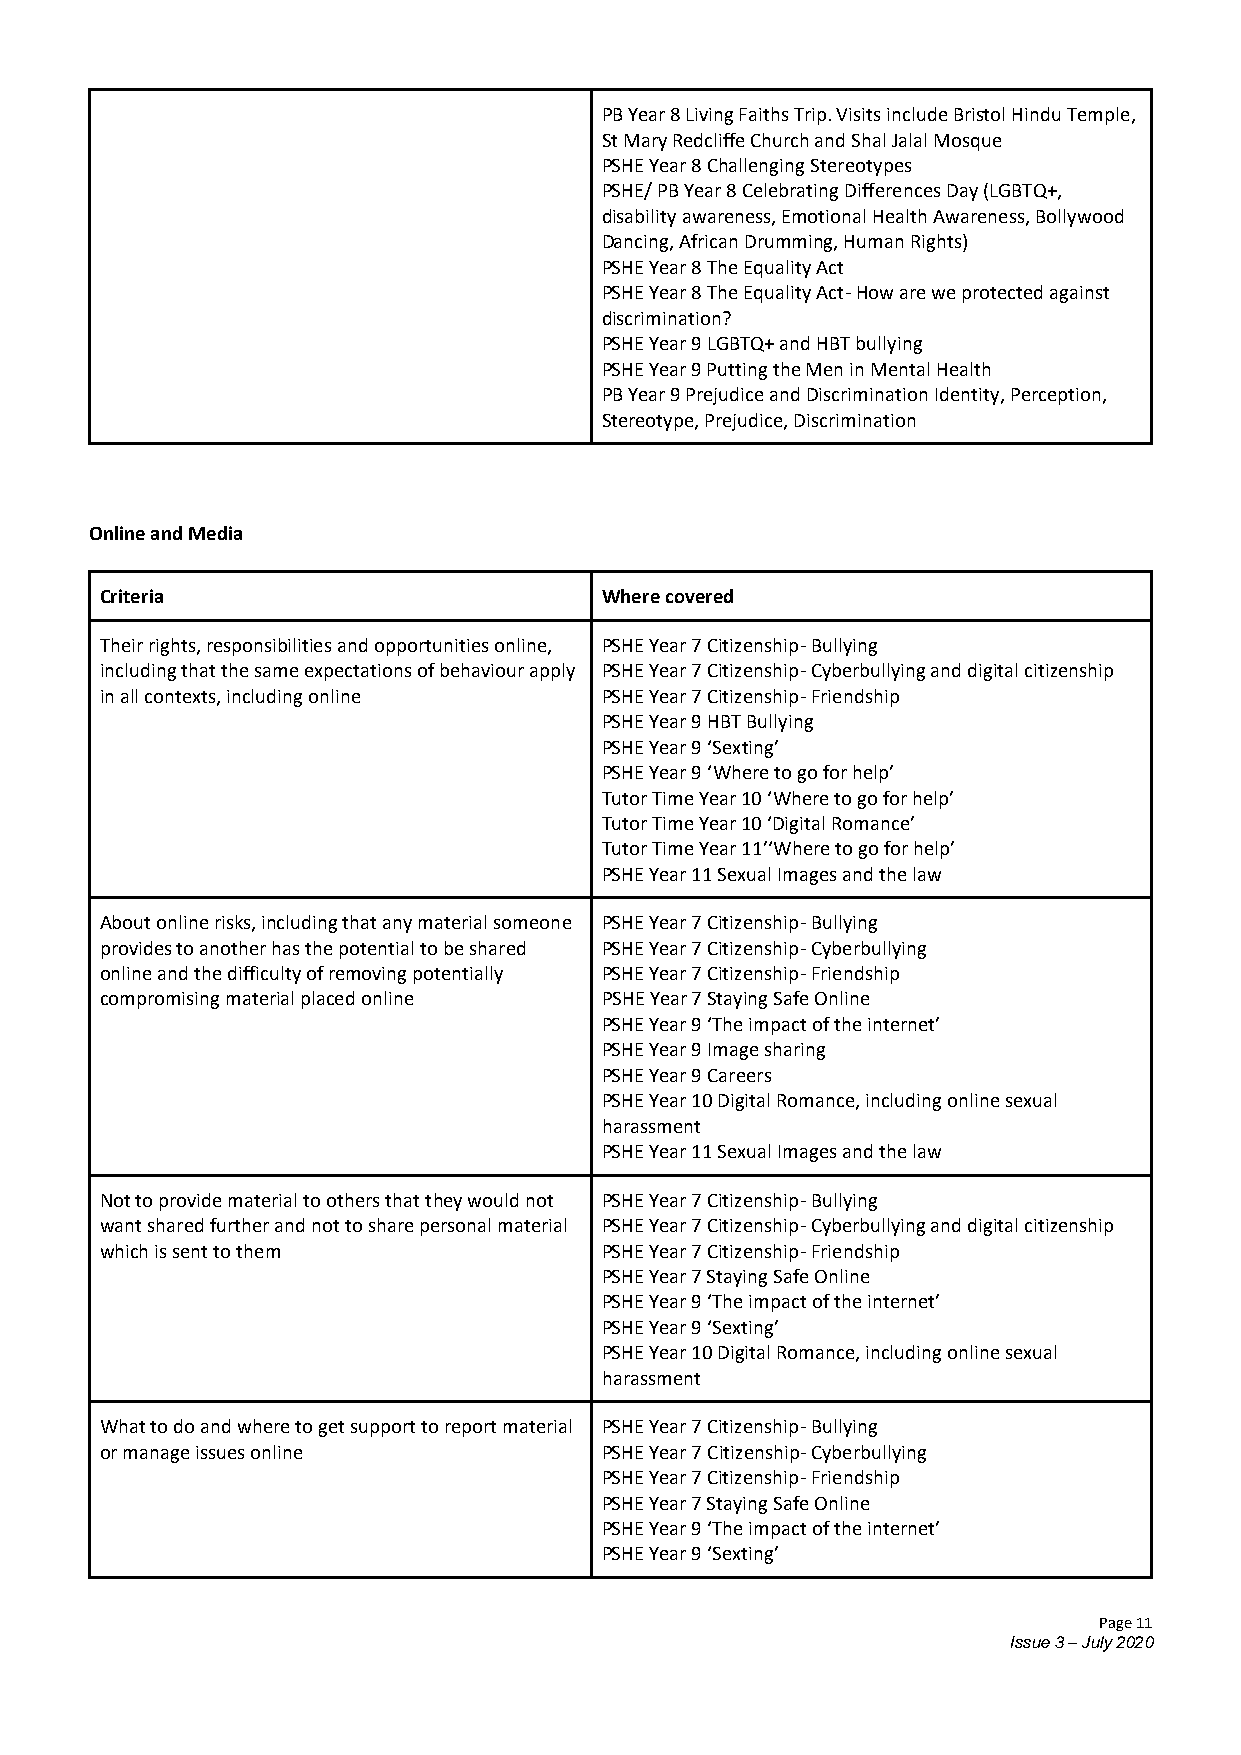
PB Year 8 Living Faiths Trip. Visits include Bristol Hindu Temple,
 St Mary Redcliffe Church and Shal Jalal Mosque
 PSHE Year 8 Challenging Stereotypes
 PSHE/ PB Year 8 Celebrating Differences Day (LGBTQ+,
 disability awareness, Emotional Health Awareness, Bollywood
 Dancing, African Drumming, Human Rights)
 PSHE Year 8 The Equality Act
 PSHE Year 8 The Equality Act- How are we protected against
 discrimination?
 PSHE Year 9 LGBTQ+ and HBT bullying
 PSHE Year 9 Putting the Men in Mental Health
 PB Year 9 Prejudice and Discrimination Identity, Perception,
 Stereotype, Prejudice, Discrimination
 Online and Media
 Criteria                         Where covered
 Their rights, responsibilities and opportunities online, PSHE Year 7 Citizenship- Bullying
 including that the same expectations of behaviour apply PSHE Year 7 Citizenship- Cyberbullying and digital citizenship
 in all contexts, including online PSHE Year 7 Citizenship- Friendship
 PSHE Year 9 HBT Bullying
 PSHE Year 9 ‘Sexting’
 PSHE Year 9 ‘Where to go for help’
 Tutor Time Year 10 ‘Where to go for help’
 Tutor Time Year 10 ‘Digital Romance’
 Tutor Time Year 11’‘Where to go for help’
 PSHE Year 11 Sexual Images and the law
 About online risks, including that any material someone PSHE Year 7 Citizenship- Bullying
 provides to another has the potential to be shared PSHE Year 7 Citizenship- Cyberbullying
 online and the difficulty of removing potentially PSHE Year 7 Citizenship- Friendship
 compromising material placed online PSHE Year 7 Staying Safe Online
 PSHE Year 9 ‘The impact of the internet’
 PSHE Year 9 Image sharing
 PSHE Year 9 Careers
 PSHE Year 10 Digital Romance, including online sexual
 harassment
 PSHE Year 11 Sexual Images and the law
 Not to provide material to others that they would not PSHE Year 7 Citizenship- Bullying
 want shared further and not to share personal material PSHE Year 7 Citizenship- Cyberbullying and digital citizenship
 which is sent to them            PSHE Year 7 Citizenship- Friendship
 PSHE Year 7 Staying Safe Online
 PSHE Year 9 ‘The impact of the internet’
 PSHE Year 9 ‘Sexting’
 PSHE Year 10 Digital Romance, including online sexual
 harassment
 What to do and where to get support to report material PSHE Year 7 Citizenship- Bullying
 or manage issues online          PSHE Year 7 Citizenship- Cyberbullying
 PSHE Year 7 Citizenship- Friendship
 PSHE Year 7 Staying Safe Online
 PSHE Year 9 ‘The impact of the internet’
 PSHE Year 9 ‘Sexting’
 Page 11
 Issue 3 – July 2020